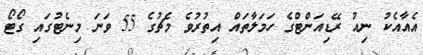
އެއާއެކު ނިއު ރޭޑިއަންޓްގެ ހަމަލާތައް އިތުރުވެ މެޗުގެ 55 ވަނަ މިނެޓުގައި ގޯޓޯ